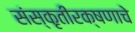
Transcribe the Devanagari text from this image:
संस्कृतीरक्षणाचे